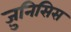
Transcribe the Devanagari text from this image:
ज़ुनिसिस